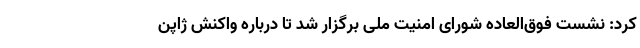
کرد: نشست فوق‌العاده شورای امنیت ملی برگزار شد تا درباره واکنش ژاپن